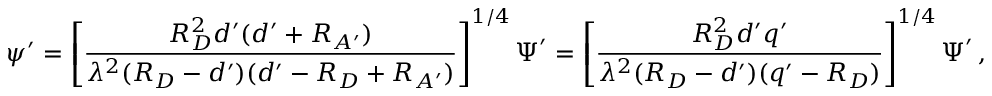
\boldsymbol \psi ^ { \prime } = \left[ { \frac { R _ { D } ^ { 2 } d ^ { \prime } ( d ^ { \prime } + R _ { A ^ { \prime } } ) } { \lambda ^ { 2 } ( R _ { D } - d ^ { \prime } ) ( d ^ { \prime } - R _ { D } + R _ { A ^ { \prime } } ) } } \right] ^ { 1 / 4 } \boldsymbol \Psi ^ { \prime } = \left[ { \frac { R _ { D } ^ { 2 } d ^ { \prime } q ^ { \prime } } { \lambda ^ { 2 } ( R _ { D } - d ^ { \prime } ) ( q ^ { \prime } - R _ { D } ) } } \right] ^ { 1 / 4 } \boldsymbol \Psi ^ { \prime } \, ,